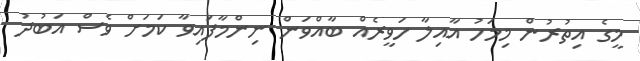
މީގެ އިތުރުން މިމަހު އާއިލާ ހަވީރެއް ބާއްވަން ނިންމާފައިވާ ކަަމަށް ވެސް އަބުދު